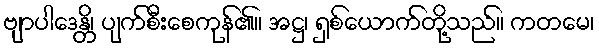
ဗျာပါဒေန္တိ၊ ပျက်စီးစေကုန်၏။ အဋ္ဌ၊ ရှစ်ယောက်တို့သည်။ ကတမေ၊